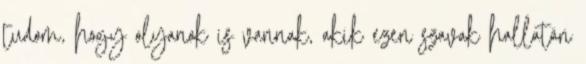
tudom, hogy olyanok is vannak, akik ezen szavak hallatán